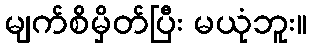
မျက်စိမှိတ်ပြီး မယုံဘူး။